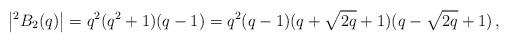
LaTeX: \begin{align*} \left|^2B_2(q)\right| = q^2(q^2 + 1) (q - 1) = q^2 (q - 1) (q + \sqrt{2q} + 1)(q - \sqrt{2q} + 1)\,,\end{align*}